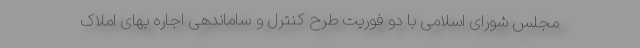
مجلس شورای اسلامی با دو فوریت طرح کنترل و ساماندهی اجاره‌ بهای املاک